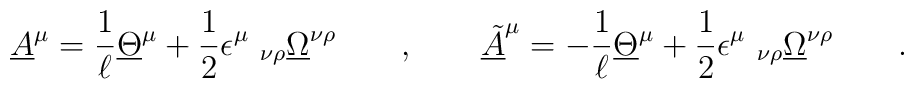
\underline{A}^{ \mu} = \frac 1 \ell \underline{\Theta}^{ \mu} + {1\over 2} \epsilon^{ \mu}\ _{ \nu\rho} \underline{\Omega}^{ \nu  \rho}  \qquad , \qquad \underline{\tilde A}^{ \mu} = - \frac 1 \ell \underline{\Theta}^{ \mu} + {1\over 2} \epsilon^{ \mu}\ _{ \nu\rho} \underline{\Omega}^{ \nu  \rho} \qquad  .